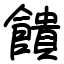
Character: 饋